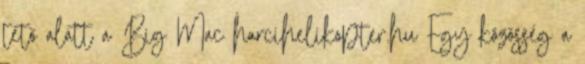
tető alatt a Big Mac harcihelikopter.hu Egy közösség a